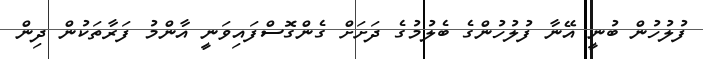
ފުލުހުން ބުނީ އޭނާ ފުލުހުންގެ ބެލުމުގެ ދަށަށް ގެންގޮސްފައިވަނީ އާންމު ފަރާތަކުން ދިން